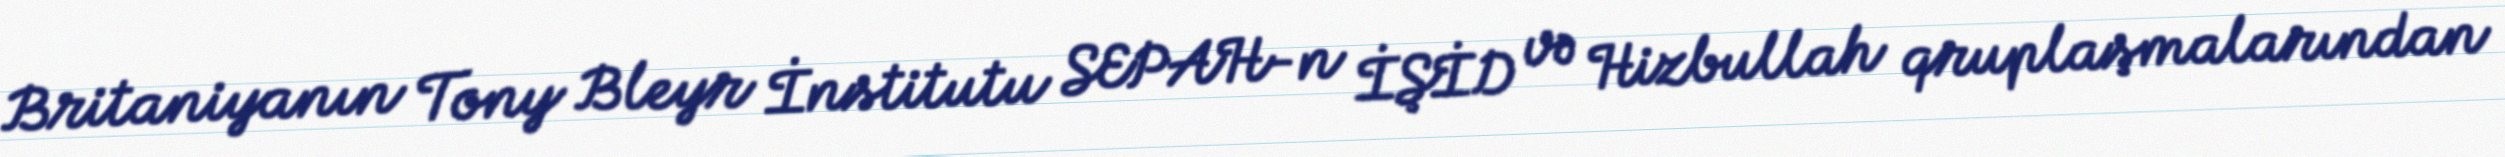
Britaniyanın Tony Bleyr İnstitutu SEPAH-n İŞİD və Hizbullah qruplaşmalarından